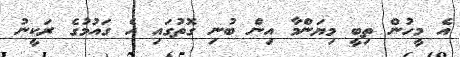
އެ މީހުން ތިބީ މިޔަންމާ އިން ބުނި ގޮތުގައި އެ ގައުމުގެ ރަކީނު